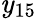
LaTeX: \mathit{y}_{15}